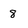
Character: 8